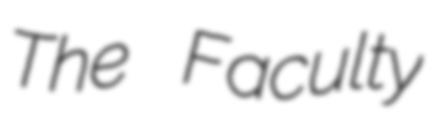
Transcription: The Faculty